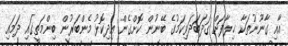
އާއި ގާނޫނުތަކާ ޚިލާފަށް ގަދަބަދަވިކަމުގެ ބޭނުން ކޮށްގެން އިދިކޮޅު މެންބަރުން ބިންމަތީގައި ދަމައި